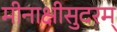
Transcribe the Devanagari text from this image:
मीनाक्षीसुदरम्